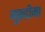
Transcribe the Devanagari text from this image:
मुक़द्दीमा